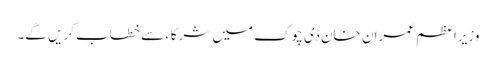
وزیراعظم عمران خان ڈی چوک میں شرکاء سے خطاب کریں گے۔